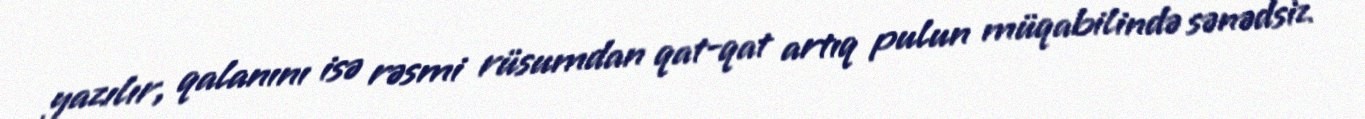
yazılır, qalanını isə rəsmi rüsumdan qat-qat artıq pulun müqabilində sənədsiz